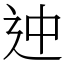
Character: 迚